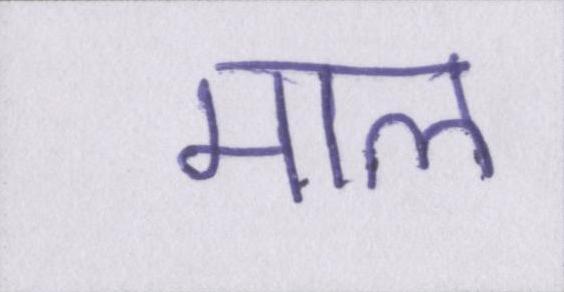
माल